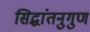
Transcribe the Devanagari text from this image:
सिद्धांतनुगुण